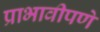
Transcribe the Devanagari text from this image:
प्राभावीपणे